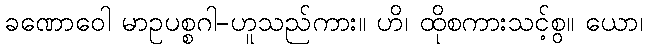
ခဏောဝေါ မာဥပစ္စဂါ-ဟူသည်ကား။ ဟိ၊ ထိုစကားသင့်စွ။ ယော၊